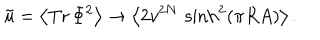
\tilde { u } = \left< \mathrm { T r } \, \Phi ^ { 2 } \right> \rightarrow \left< 2 v ^ { 2 N } \, \sinh ^ { 2 } ( \pi R A ) \right> .